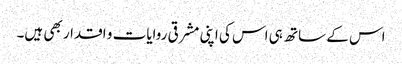
اس کے ساتھ ہی اس کی اپنی مشرقی روایات و اقدار بھی ہیں۔